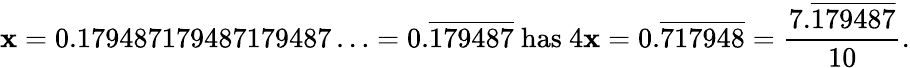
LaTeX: \mathbf{x}=0.179487179487179487\ldots=0.{\overline{{{179487}}}}{\mathrm{{~has~}}}4\mathbf{x}=0.{\overline{{{717948}}}}={\frac{{7.{\overline{{{179487}}}}}}{{10}}}.